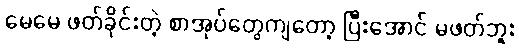
မေမေ ဖတ်ခိုင်းတဲ့ စာအုပ်တွေကျတော့ ပြီးအောင် မဖတ်ဘူး